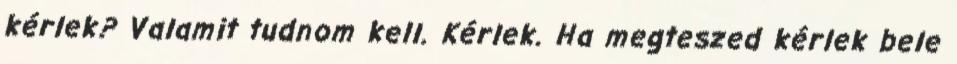
kérlek? Valamit tudnom kell. Kérlek. Ha megteszed kérlek bele